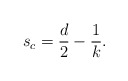
\begin{align*} s_c=\frac{d}{2}-\frac1k.\end{align*}